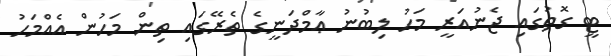
ޓީ ގޮތުގައި ޖެނުއަރީ މަހު ލިބުނު ޢާމްދަނީގެ ތެރޭގައި ތިން މަހުން އެއްމަހު